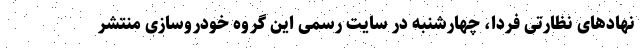
نهادهای نظارتی فردا، چهارشنبه در سایت رسمی این گروه خودروسازی منتشر